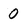
Character: 0